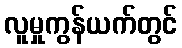
လူမှုကွန်ယက်တွင်